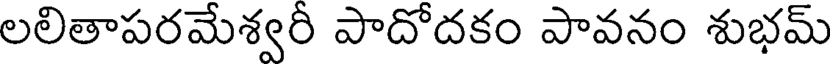
లలితాపరమేశ్వరీ పాదోదకం పావనం శుభమ్